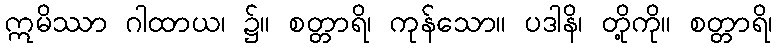
ဣမိဿာ ဂါထာယ၊ ၌။ စတ္တာရိ၊ ကုန်သော။ ပဒါနိ၊ တို့ကို။ စတ္တာရိ၊